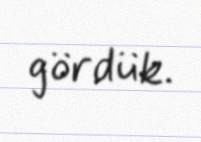
gördük.